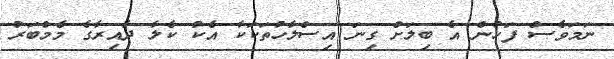
ނަމަވެސް ފަހުން އެ ބިލަށް ގިނަ އިސްލާހުތަކަކާ އެކު ކެލާ ދާއިރާގެ މެމްބަރު